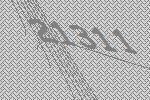
21311